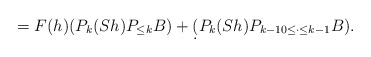
\begin{align*}= F(h)(P_k(S h) P_{\leq k} B) +\d( P_{k}(S h)P_{k-10 \leq \cdot\leq k-1} B ).\end{align*}